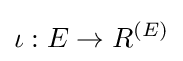
\iota :E\to R^{(E)}